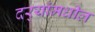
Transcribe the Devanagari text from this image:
दर्‍यांमधील